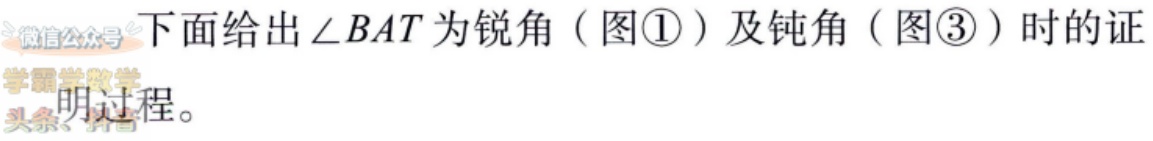
下面给出\(\angle BAT\)为锐角（图\textcircled{1}）及钝角（图\textcircled{3}）时的证明过程。